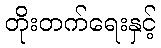
တိုးတက်ရေးနှင့်